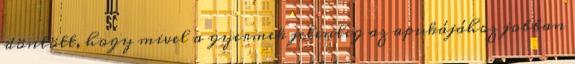
döntött, hogy mivel a gyermek jelenleg az apukájához jobban